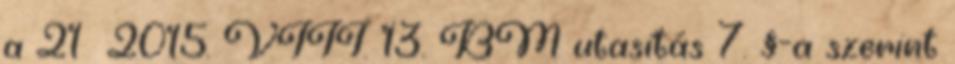
a 21 2015. VIII. 13. BM utasítás 7. §-a szerint